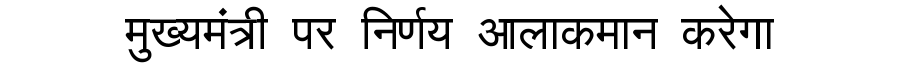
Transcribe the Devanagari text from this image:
मुख्यमंत्री पर निर्णय आलाकमान करेगा